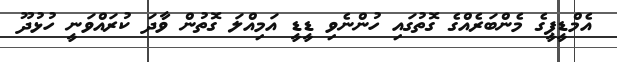
އެމްޑީޕީގެ މެންބަރެއްގެ ގޮތުގައި ހުންނެވި ޑީޑީ އަމިއްލަ ގޮތުން ވާދަ ކުރައްވަނީ ހުޅުދޫ